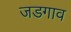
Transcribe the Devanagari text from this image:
जडगाव